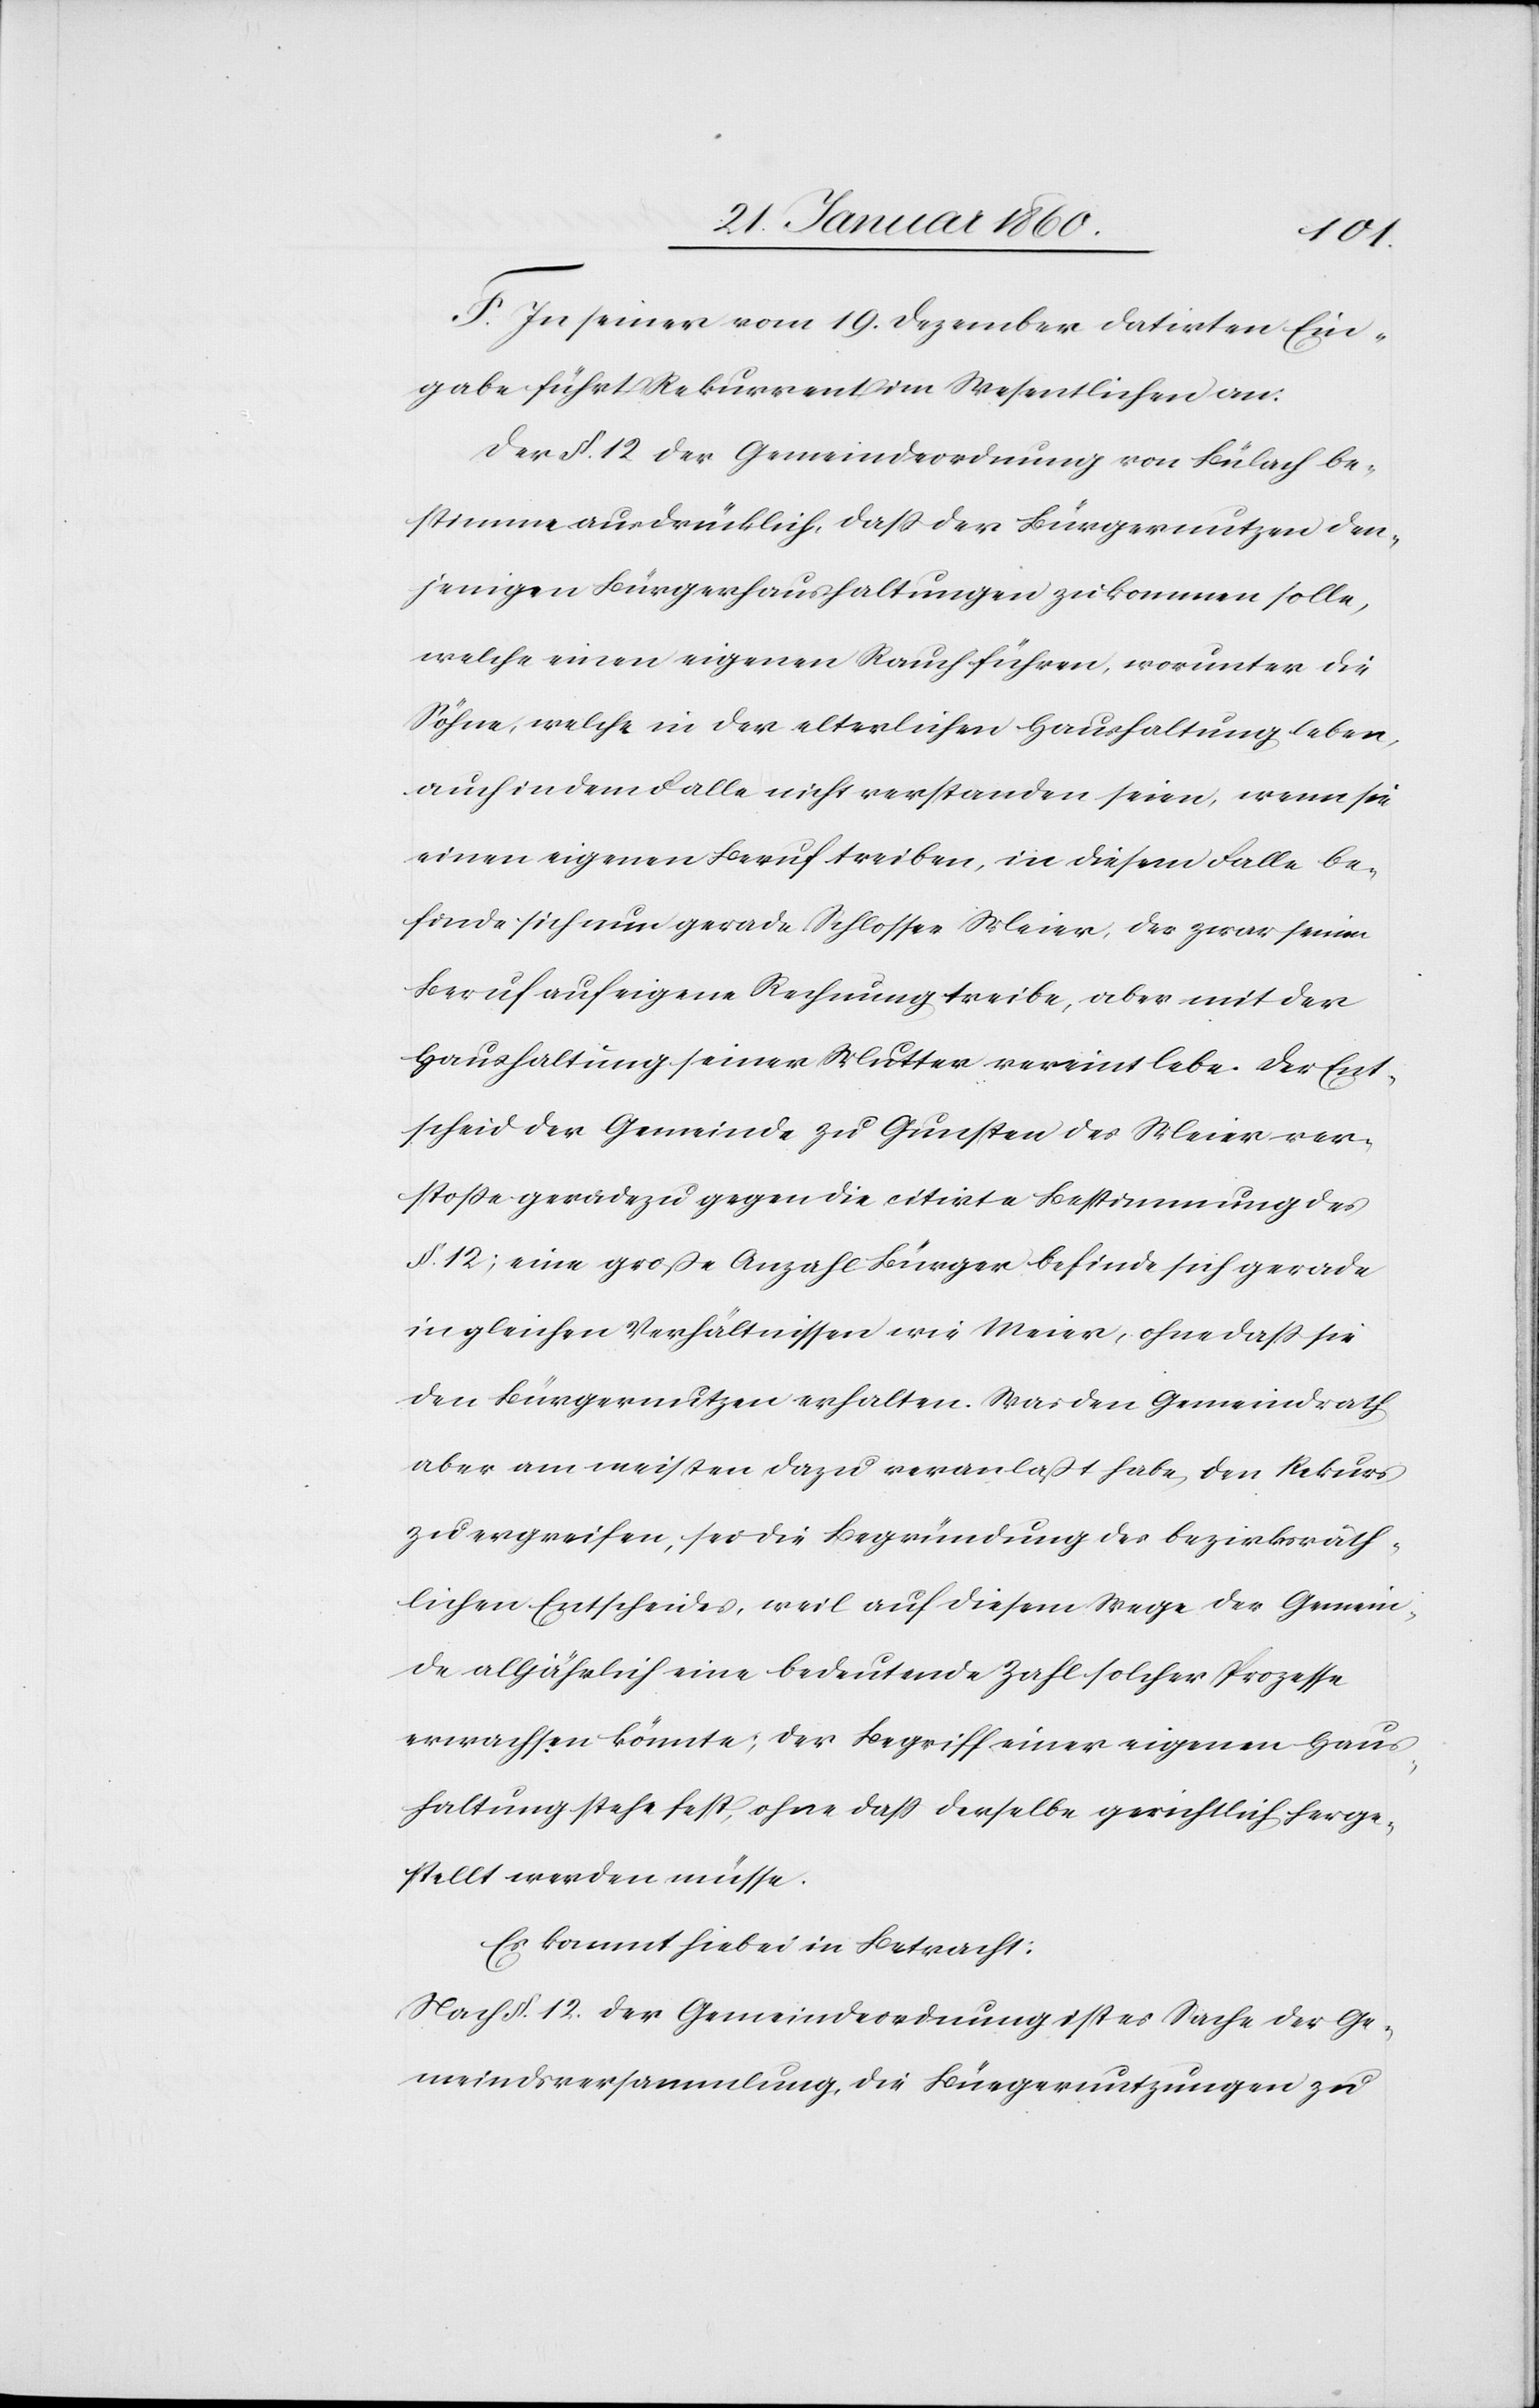
F. In seiner vom 19. Dezember datirten Ein¬
gabe führt Rekurrent im Wesentlichen an:
Der §. 12. der Gemeindeordnung von Bülach be¬
stimme ausdrücklich, dass der Bürgernutzen den¬
jenigen Bürgerhaushaltungen zukommen solle,
welche einen eigenen Rauch führen, worunter die
Söhne, welche in der elterlichen Haushaltung leben,
auch in dem Falle nicht verstanden seien, wenn sie
einen eigenen Beruf treiben, in diesem Falle be¬
finde sich nur gerade Schlosser Meier, der zwar seinen
Beruf auf eigene Rechnung treibe, aber mit der
Haupthaltung seiner Mutter vereint lebe. Der Ent¬
scheid der Gemeinde zu Gunsten des Meier ver¬
stoße geradezu gegen die citirte Bestimmung des
§. 12; eine große Anzahl Bürger befinde sich gerade
in gleichen Verhältnissen wie Meier, ohne dass sie
den Bürgernutzen erhalten. Was den Gemeindrath
aber am meisten dazu veranlaßt habe, den Rekurs
zu ergreifen, sei die Begründung des bezirksräth¬
lichen Entscheides, weil auf diesem Wege der Gemein¬
de alljährlich eine bedeutende Zahl solcher Prozesse
erwachsen könnte; der Begriff einer eigenen Hau¬
haltung stehe fest, ohne dass derselbe gerichtlich herge¬
stellt werden müsse.
Es kommt hiebei in Betracht:
Nach §. 12. der Gemeindeordnung ist es Sache der Ge¬
meindsversammlung, die Bürgernutzungen zu